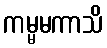
ကမ္မမကာသိ